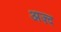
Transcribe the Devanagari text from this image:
अज़्द